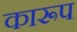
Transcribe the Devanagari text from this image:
कारूप